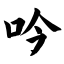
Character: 吟